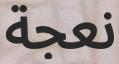
نعجة